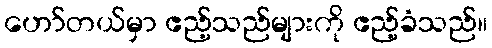
ဟော်တယ်မှာ ဧည့်သည်များကို ဧည့်ခံသည်။